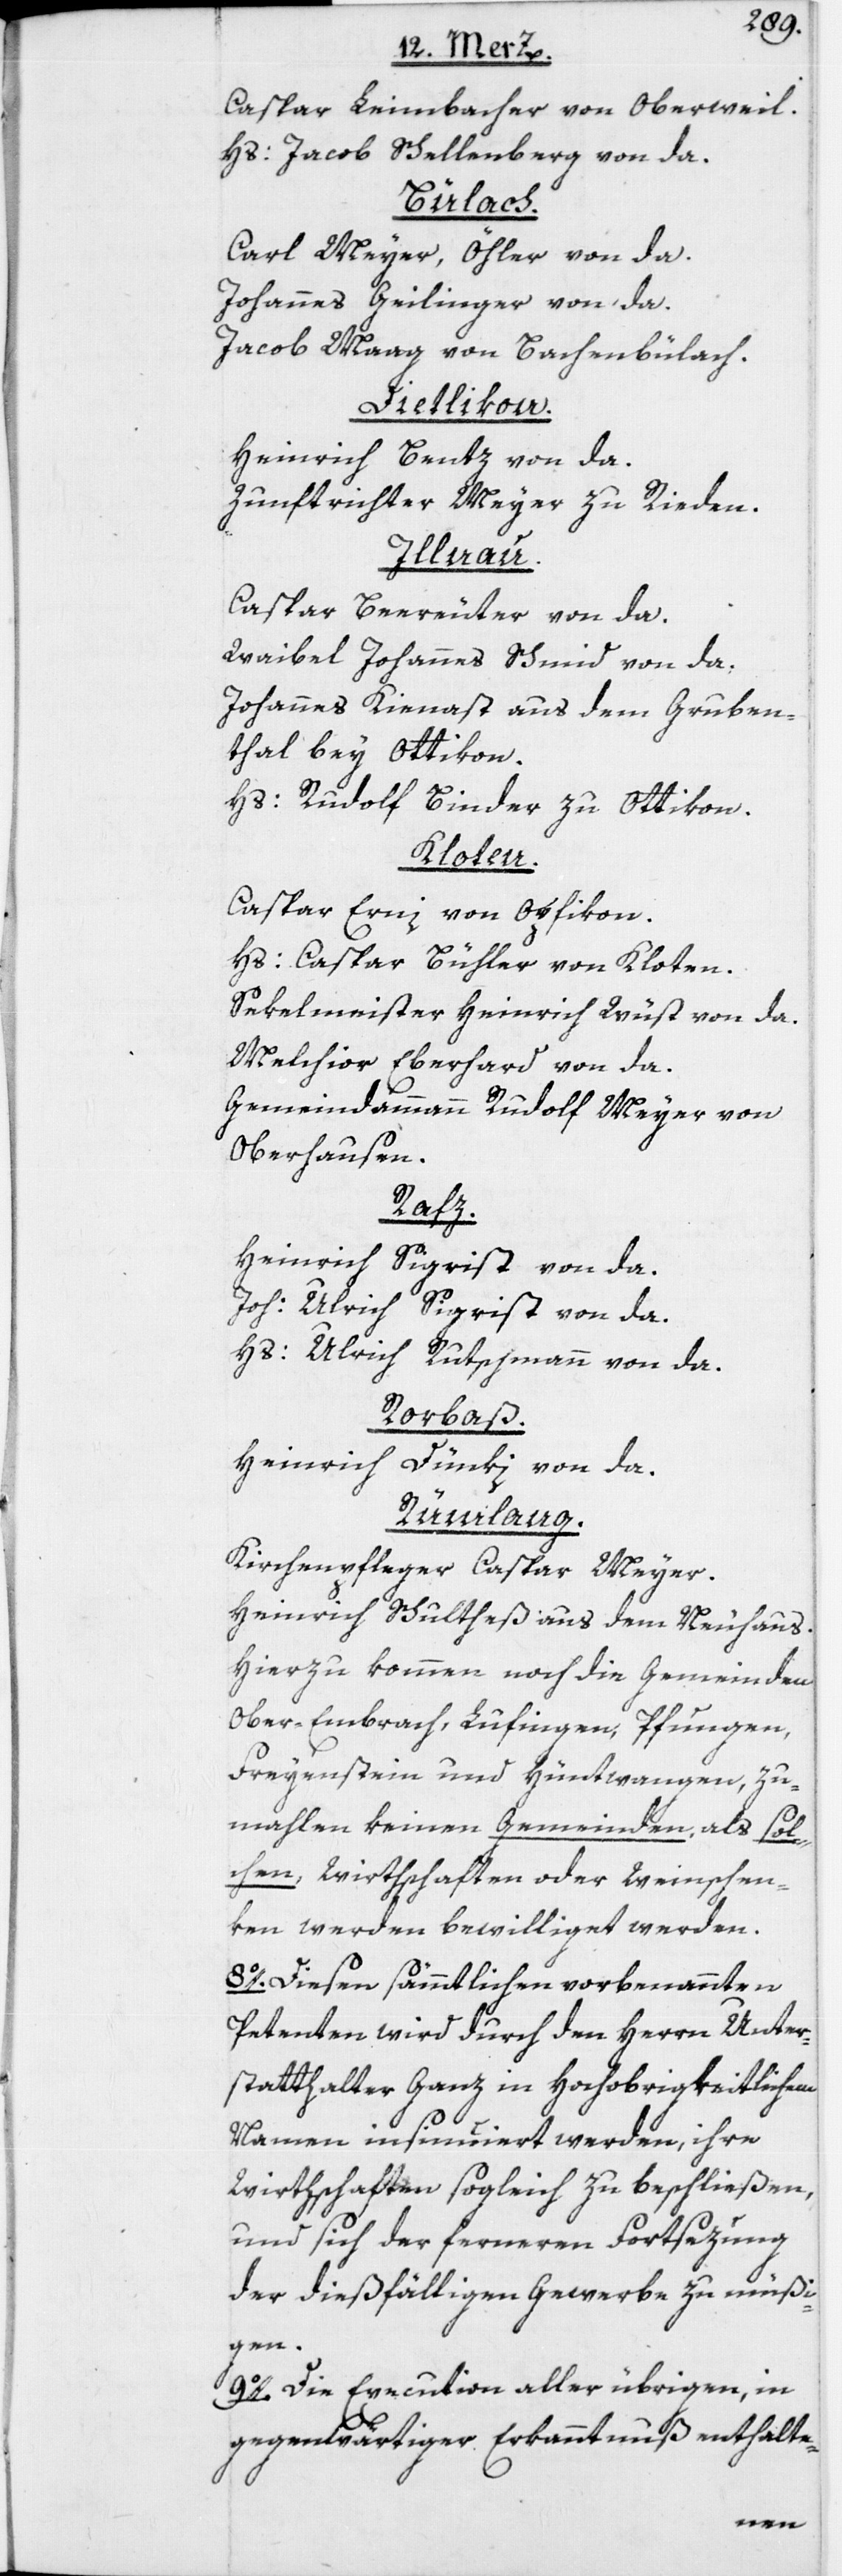
Caspar Leimbacher von Oberweil.
Hs: Jacob Schellenberg von da.
Bülach.
Carl Meyer, Öhler von da.
Johannes Geilinger von da.
Jacob Maag von Bachenbülach.
Dietlikon.
Heinrich Bentz von da.
Zunftrichter Meyer zu Rieden.
Illnau.
Caspar Beereuter von da.
Waibel Johannes Schmid von da.
Johannes Kienast aus dem Gruben¬
thal bey Ottikon.
Hs: Rudolf Binder zu Ottikon.
Kloten.
Caspar Erni von Opfikon.
Hs: Caspar Bühler von Kloten.
Sekelmeister Heinrich Wüst von da.
Melchior Eberhard von da.
Gemeindammann Rudolf Meyer von
Oberhausen.
Rafz.
Heinrich Sigrist von da.
Joh: Ulrich Sigrist von da.
Hs: Ulrich Rutschmann von da.
Rorbaß.
Heinrich Dünki von da.
Rümlang.
Kirchenpfleger Caspar Meyer.
Heinrich Schultheß aus dem Neuhaus.
Hierzu kommen noch die Gemeinden
Ober-Embrach, Lufingen, Pfungen,
Freyenstein und Hüntwangen, zu¬
mahlen keinen Gemeinden, als sol¬
chen, Wirthschaften oder Weinschen¬
ken werden bewilliget werden.
8o. Diesen sämmtlichen vorbenannten
Petenten wird durch den Herrn Unter¬
statthalter Ganz in Hochobrigkeitlichem
Namen insinuiert werden, ihre
Wirthschaften sogleich zu beschließen,
und sich der ferneren Fortsezung
der dießfälligen Gewerbe zu müßi¬
gen.
9o. Die Execution aller übrigen, in
gegenwärtiger Erkanntnuß enthalte-